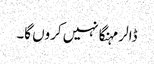
ڈالر مہنگا نہیں کروں گا۔